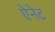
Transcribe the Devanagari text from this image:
ऐनेट